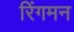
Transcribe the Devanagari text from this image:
रिंगमन